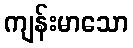
ကျန်းမာသော